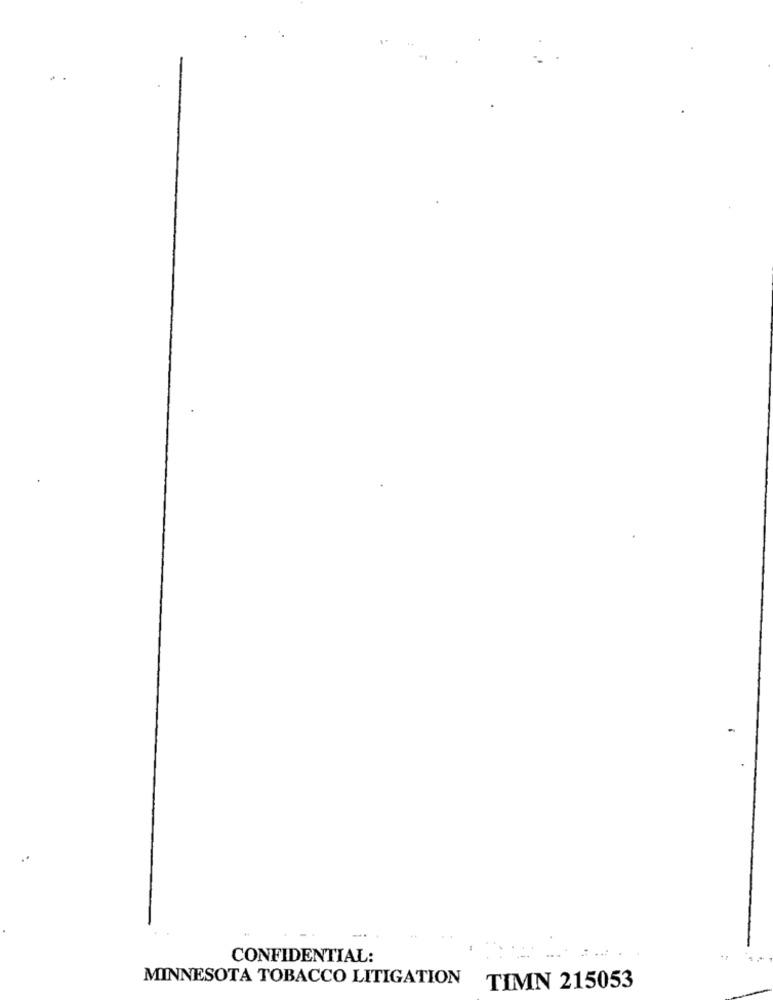
CONFIDENTIAL:
MINNESOTA TOBACCO LITIGATION
TIMN 215053